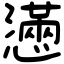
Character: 懣